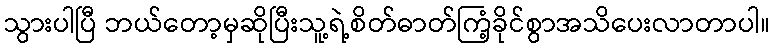
သွားပါပြီ ဘယ်တော့မှဆိုပြီးသူ့ရဲ့စိတ်ဓာတ်ကြံ့ခိုင်စွာအသိပေးလာတာပါ။